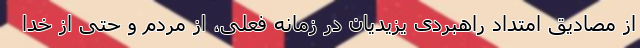
از مصادیق امتداد راهبردی یزیدیان در زمانه فعلی، از مردم و حتی از خدا